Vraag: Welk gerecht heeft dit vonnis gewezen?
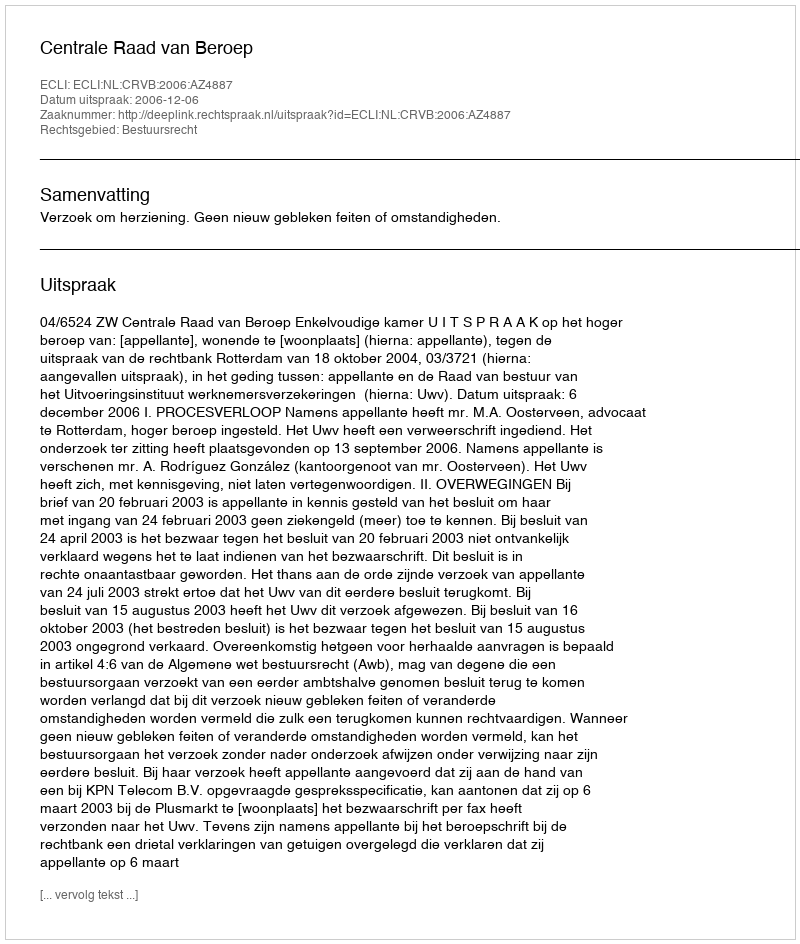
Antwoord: Centrale Raad van Beroep